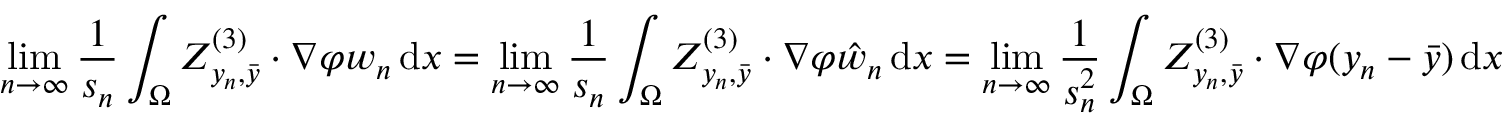
\operatorname* { l i m } _ { n \to \infty } \frac { 1 } { s _ { n } } \int _ { \Omega } Z _ { y _ { n } , \bar { y } } ^ { ( 3 ) } \cdot \nabla \varphi w _ { n } \, \mathrm { d } x = \operatorname* { l i m } _ { n \to \infty } \frac { 1 } { s _ { n } } \int _ { \Omega } Z _ { y _ { n } , \bar { y } } ^ { ( 3 ) } \cdot \nabla \varphi \hat { w } _ { n } \, \mathrm { d } x = \operatorname* { l i m } _ { n \to \infty } \frac { 1 } { s _ { n } ^ { 2 } } \int _ { \Omega } Z _ { y _ { n } , \bar { y } } ^ { ( 3 ) } \cdot \nabla \varphi ( y _ { n } - \bar { y } ) \, \mathrm { d } x